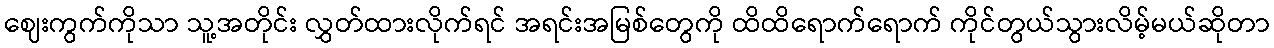
ဈေးကွက်ကိုသာ သူ့အတိုင်း လွှတ်ထားလိုက်ရင် အရင်းအမြစ်တွေကို ထိထိရောက်ရောက် ကိုင်တွယ်သွားလိမ့်မယ်ဆိုတာ